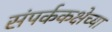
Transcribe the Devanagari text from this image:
संपर्ककक्षेच्या